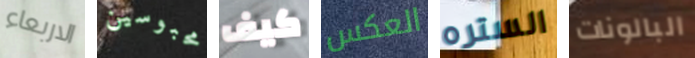
الاربعاء محبوسين كيف العكس الستره البالونات